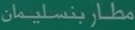
مطار_بنسليمان